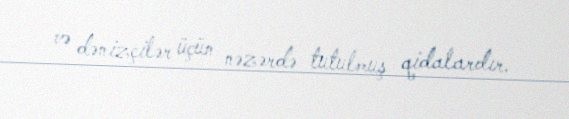
və dənizçilər üçün nəzərdə tutulmuş qidalardır.